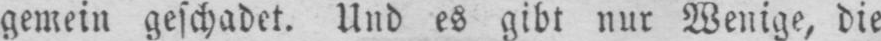
gemein geschadet. Und es gibt nur Wenige, die